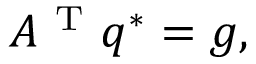
A ^ { \mathrm { ~ T ~ } } q ^ { * } = g ,